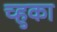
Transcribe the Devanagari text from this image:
च्हुका